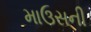
માઉસની